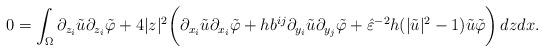
LaTeX: \begin{align*} 0 = \int_{\Omega} \partial_{z_i} \tilde u \partial_{z_i} \tilde \varphi + 4|z|^2 \bigg(\partial_{x_i} \tilde u \partial_{x_i} \tilde \varphi + h b^{ij}\partial_{y_i} \tilde u \partial_{y_j} \tilde \varphi + \hat \varepsilon^{-2} h (|\tilde u|^2 - 1) \tilde u \tilde \varphi\bigg) \, dz dx. \end{align*}